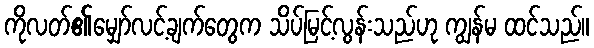
ကိုလတ်၏မျှော်လင့်ချက်တွေက သိပ်မြင့်လွန်းသည်ဟု ကျွန်မ ထင်သည်။